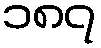
၁၈၇